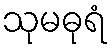
သုမဓုရံ